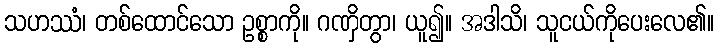
သဟဿံ၊ တစ်ထောင်သော ဥစ္စာကို။ ဂဏှိတွာ၊ ယူ၍။ အဒါသိ၊ သူငယ်ကိုပေးလေ၏။